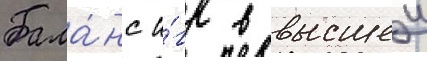
Бала́нс и́гр в высшеи